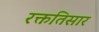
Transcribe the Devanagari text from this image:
रक्ततिसार